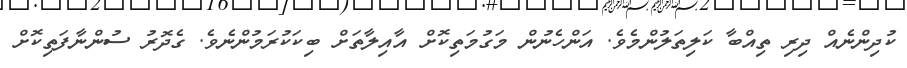
ކުދިންނެއް ދިރި ތިއްބާ ކަލިތަލުންމެވެ. އަންހެނުން މަގުމަތިކޮށް އާއިލާތަށް ބިކަކުރަމުންނެވެ. ގެދޮރު ސުންނާފަތިކޮށް